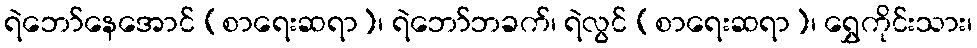
ရဲဘော်နေအောင် (စာရေးဆရာ)၊ ရဲဘော်ဘခက်၊ ရဲလွင် (စာရေးဆရာ)၊ ရွှေကိုင်းသား၊